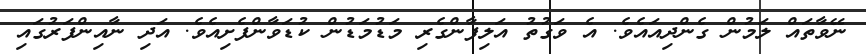
ނޭވާތައް ލަމުން ގެންދިއައެވެ. އެ ވަގުތު އަލިފާންގެރި މަޑުމަޑުން ކުޑަވާންފެށިއެވެ. އަދި ނާއިންފަރުގައި